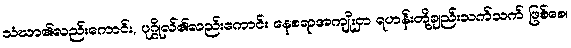
သံဃာ၏လည်းကောင်း, ပုဂ္ဂိုလ်၏လည်းကောင်း နေစရာအကျိုးငှာ ရဟန်းတို့ချည်းသက်သက် ဖြစ်စေ၊